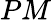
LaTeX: PM